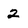
Character: 2